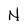
Character: N